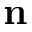
{ \bf n }